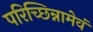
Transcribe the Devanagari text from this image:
परिच्छिन्नामेवं